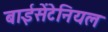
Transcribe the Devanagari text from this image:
बाईसेंटेनियल